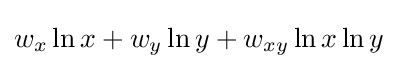
w_{x}\ln {x}+w_{y}\ln {y}+w_{xy}\ln {x}\ln {y}